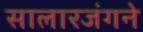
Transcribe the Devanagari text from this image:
सालारजंगने